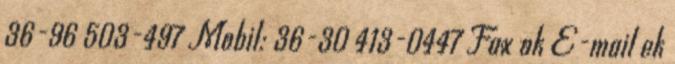
36-96 503-497 Mobil: 36-30 413-0447 Fax ok E-mail ek